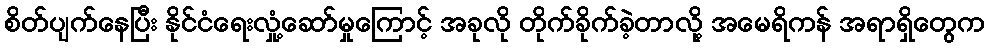
စိတ်ပျက်နေပြီး နိုင်ငံရေးလှုံ့ဆော်မှုကြောင့် အခုလို တိုက်ခိုက်ခဲ့တာလို့ အမေရိကန် အရာရှိတွေက